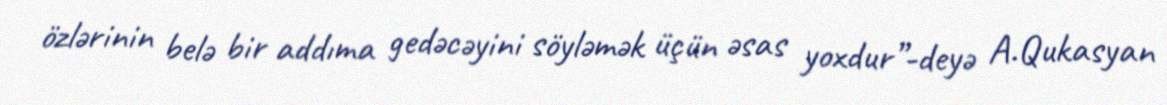
özlərinin belə bir addıma gedəcəyini söyləmək üçün əsas yoxdur”-deyə A.Qukasyan